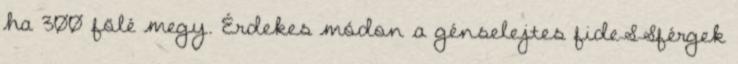
ha 300 fölé megy. Érdekes módon a génselejtes fideSSférgek